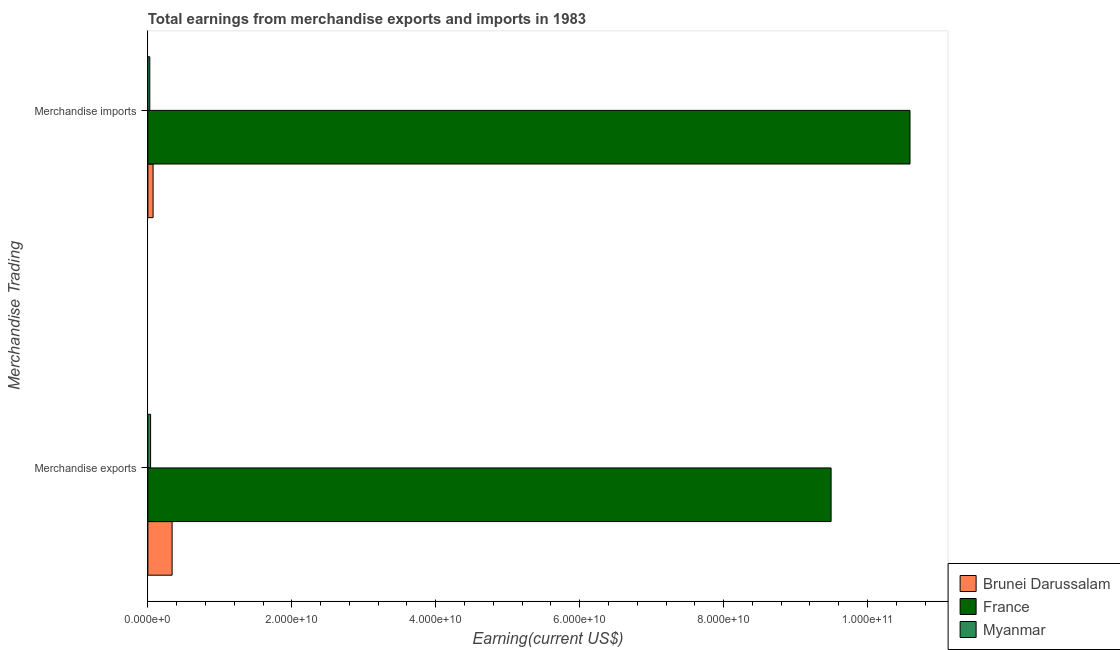
| Merchandise Trading | Brunei Darussalam | France | Myanmar |
 | --- | --- | --- | --- |
 | Merchandise exports | 3.37e+09 | 9.49e+10 | 3.78e+08 |
 | Merchandise imports | 7.24e+08 | 1.06e+11 | 2.68e+08 |